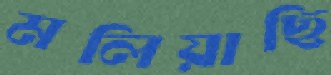
মলিয়াছি